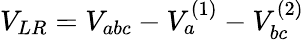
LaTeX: V_{LR}=V_{abc}-V_{a}^{(1)}-V_{bc}^{(2)}